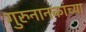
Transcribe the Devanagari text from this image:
गुरुनानकांच्या